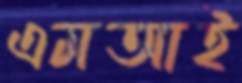
এমআই